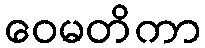
ဝေမတိကာ